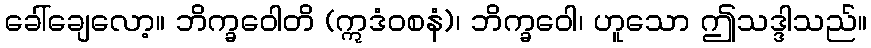
ခေါ်ချေလော့။ ဘိက္ခဝေါတိ (ဣဒံဝစနံ)၊ ဘိက္ခဝေါ၊ ဟူသော ဤသဒ္ဒါသည်။